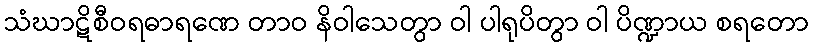
သံဃာဋိစီဝရဓာရဏေ တာဝ နိဝါသေတွာ ဝါ ပါရုပိတွာ ဝါ ပိဏ္ဍာယ စရတော